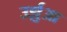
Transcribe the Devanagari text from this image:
उर्झुआ